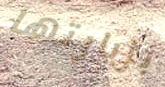
بزيارتها